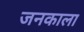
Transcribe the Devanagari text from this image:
जनकाला